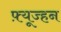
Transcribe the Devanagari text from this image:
फ़्यूज्हन